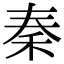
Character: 秦